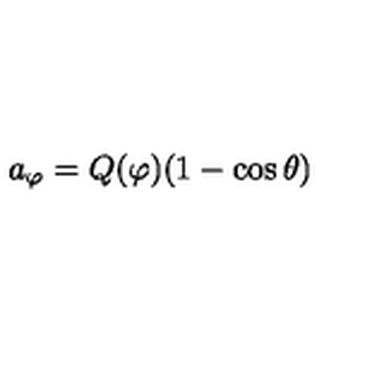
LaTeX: a _ { \varphi } = Q ( \varphi ) ( 1 - \cos \theta )